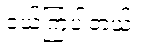
ဝယ်ကြပါတယ်။